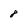
Character: 8